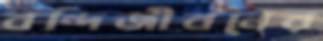
বন্দিজীবনের